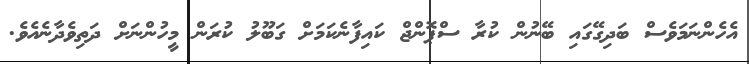
އެހެންނަމަވެސް ބަދިގޭގައި ބޭނުން ކުރާ ސްޕޮންޖް ކައިފާނެކަމަށް ގަބޫލު ކުރަން މީހުންނަށް ދަތިވެދާނެއެވެ.